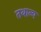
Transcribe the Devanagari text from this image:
तथान्य